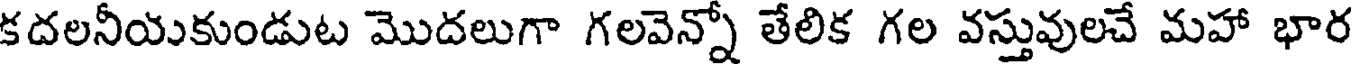
కదలనీయుకుండుట మొదలుగా గలవెన్నో తేలిక గల వస్తువులచే మహా భార